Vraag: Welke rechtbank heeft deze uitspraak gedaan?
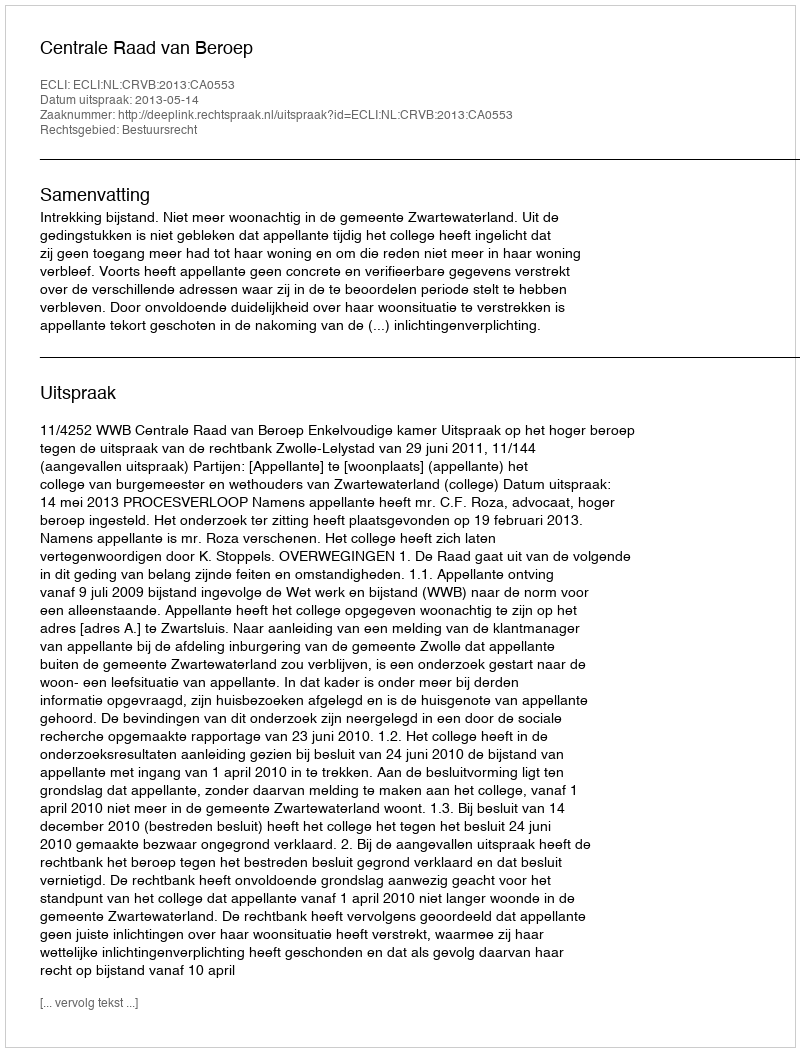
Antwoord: Centrale Raad van Beroep